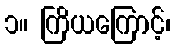
၁။ ကြိယကြောင့်၊